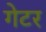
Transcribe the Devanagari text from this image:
गेटर